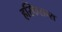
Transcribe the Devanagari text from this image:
हस्किसन्स